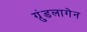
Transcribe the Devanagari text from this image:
ग्रुंडलागेन